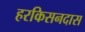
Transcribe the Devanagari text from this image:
हरकिसनदास